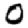
Digit: 0